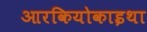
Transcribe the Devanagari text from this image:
आरकियोकाइथा